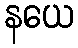
နယေ